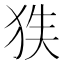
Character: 𱭻